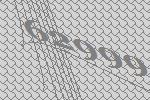
62999